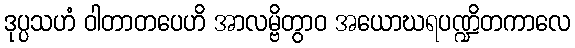
ဒုပ္ပသဟံ ဝါတာတပေဟိ အာလမ္ဗိတွာဝ အယောဃရပဏ္ဍိတကာလေ